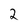
Character: 2